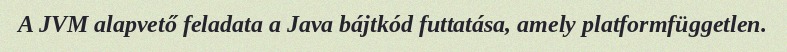
A JVM alapvető feladata a Java bájtkód futtatása, amely platformfüggetlen.